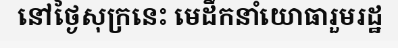
នៅថ្ងៃសុក្រនេះ មេដឹកនាំយោធារួមរដ្ឋ